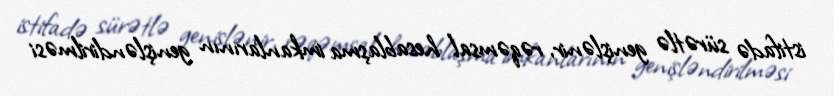
istifadə sürətlə genişlənir, rəqəmsal hesablaşma imkanlarının genişləndirilməsi